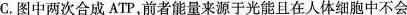
C.图中两次合成ATP，前者能量来源于光能且在人体细胞中不会